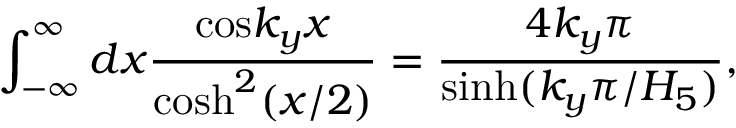
\int _ { - \infty } ^ { \infty } d x { \frac { \mathrm { c o s } { k _ { y } x } } { \mathrm { c o s h } ^ { 2 } ( x / 2 ) } } = { \frac { 4 k _ { y } \pi } { \mathrm { s i n h } ( k _ { y } \pi / H _ { 5 } ) } } ,